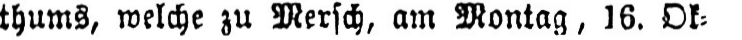
thums, welche zu Mersch, am Montag, 16. Ok⸗